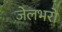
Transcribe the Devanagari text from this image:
जेलभरो